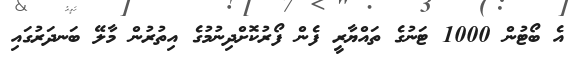
އެ ބޯޓުން 1000 ޓަނުގެ ތައްޔާރީ ފެން ފޯރުކޮށްދިނުމުގެ އިތުރުން މާލޭ ބަނދަރުގައި